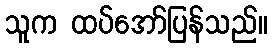
သူက ထပ်အော်ပြန်သည်။